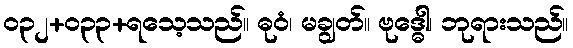
၀၃၂+၀၃၃+ရသေ့သည်။ ဓုဝံ၊ မချွတ်။ ဗုဒ္ဓေါ၊ ဘုရားသည်။